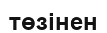
төзінен